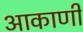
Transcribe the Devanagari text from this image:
आकाणी